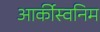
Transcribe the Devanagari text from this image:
आर्कीस्वनिम